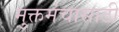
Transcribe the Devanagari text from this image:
मुक्तमंचासाठी